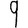
Digit: 9